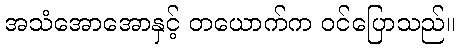
အသံအောအောနှင့် တယောက်က ဝင်ပြောသည်။